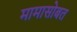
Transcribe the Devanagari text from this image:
मामासोबत